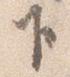
下